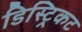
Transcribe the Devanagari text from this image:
डिस्ट्रिकट